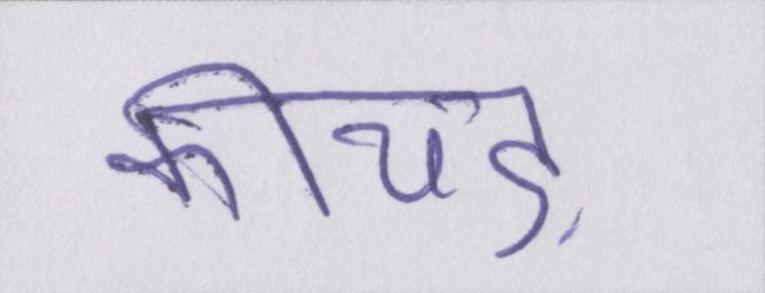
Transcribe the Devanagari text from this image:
कीचड़